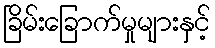
ခြိမ်းခြောက်မှုများနှင့်